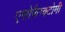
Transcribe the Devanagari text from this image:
एसोफैग्क्टोमी